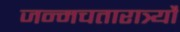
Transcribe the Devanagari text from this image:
जन्मचतारात्र्यौ